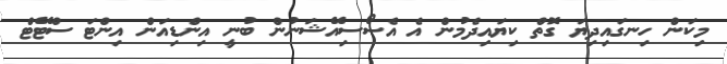
މިކަން ހިނގައިދިޔަ ގޮތް ކިޔައިދެމުން އެ އެސޯސިއޭޝަނުން ބުނީ އިންޑިއަން އިންޓަ ސްޓޭޓް